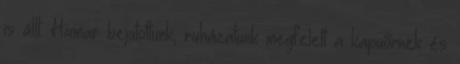
is állt. Hamar bejutottunk, ruházatunk megfelelt a kapuőrnek és